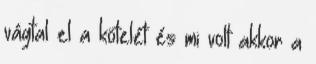
vágtal el a kötelét és mi volt akkor a